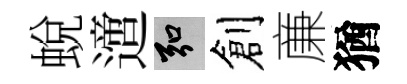
蛻𨗁弘創亷猶